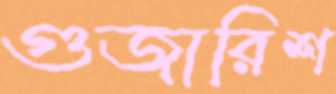
গুজারিশ